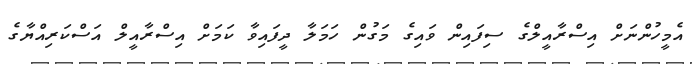
އެމީހުންނަށް އިސްރާއީލްގެ ސިފައިން ވައިގެ މަގުން ހަމަލާ ދީފައިވާ ކަމަށް އިސްރާއީލް އަސްކަރިއްޔާގެ